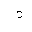
Letter: _dal